Report of the Indian Hemp Drugs Commission, 1894-1895 - Volume V
Year: 1894
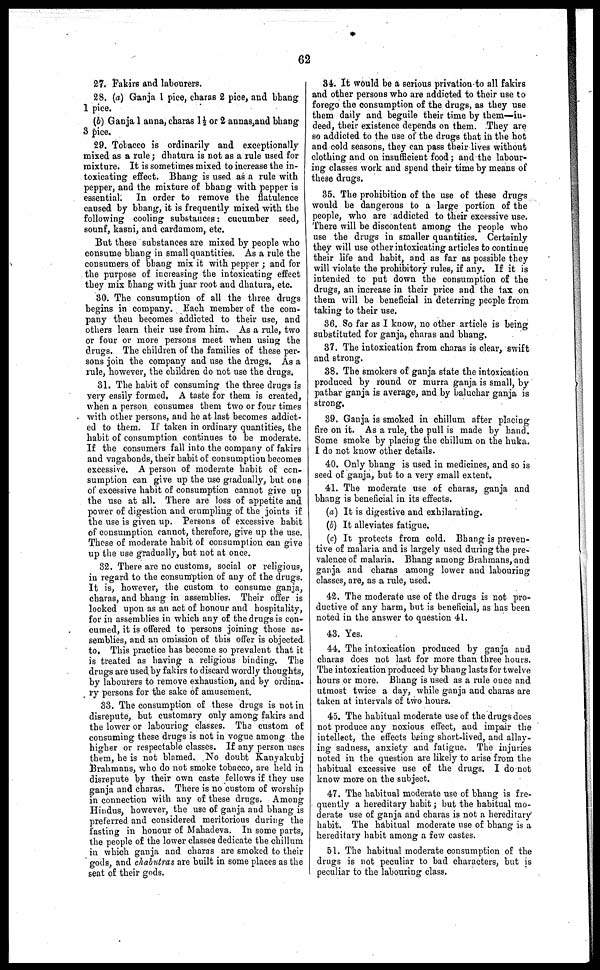
62
27. Fakirs and labourers.
28. (a) Ganja 1 pice, charas 2 pice, and bhang
1 pice.
(6) Ganja 1 anna, charas 1½ or 2 annas,and bhang
3 pice.
29. Tobacco is ordinarily and exceptionally
mixed as a rule ; dhatura is not as a rule used for
mixture. It is sometimes mixed to increase the in-
toxicating effect. Bhang is used as a rule with
pepper, and the mixture of bhang with pepper is
essential. In order to remove the flatulence
caused by bhang, it is frequently mixed with the
following cooling substances : cucumber seed,
sounf, kasni, and cardamom, etc.
But these substances are mixed by people who
consume bhang in small quantities. As a rule the
consumers of bhang mix it with pepper ; and for
the purpose of increasing the intoxicating effect
they mix bhang with juar root and dhatura, etc.
80. The consumption of all the three drugs
begins in company. Each member of the com-
pany then becomes addicted to their use, and
others learn their use from him. As a rule, two
or four or more persons meet when using the
drugs. The children of the families of these per-
sons join the company and use the drugs. As a
rule, however, the children do not use the drugs.
31. The habit of consuming the three drugs is
very easily formed, A taste for them is created,
when a person consumes them two or four times
with other persons, and he at last becomes addict-
ed to them. If taken in ordinary quantities, the
habit of consumption continues to be moderate.
If the consumers fall into the company of fakirs
and vagabonds, their habit of consumption becomes
excessive. A person of moderate habit of con-
sumption can give up the use gradually, but one
of excessive habit of consumption cannot give up
the use at all. There are loss of appetite and
power of digestion and crumpling of the joints if
the use is given up. Persons of excessive habit
of consumption cannot, therefore, give up the use.
These of moderate habit of consumption can give
up the use gradually, but not at once.
32. There are no customs, social or religious,
in regard to the consumption of any of the drugs.
It is, however, the custom to consume ganja,
charas, and bhang in assemblies. Their offer is
looked upon as an act of honour and hospitality,
for in assemblies in which any of the drugs is con-
cumed, it is offered to persons joining those as-
semblies, and an omission of this offer is objected
to. This practice has become so prevalent that it
is treated as having a religious binding. The
drugs are used by fakirs to discard wordly thoughts,
by labourers t6 remove exhaustion, and by ordina-
ry persons for the sake of amusement.
33. The consumption of these drugs is not in
disrepute, but customary only among fakirs and
the lower or labouring classes. The custom of
consuming these drugs is not in vogue among the
higher or respectable classes. If any person uses
them, he is not blamed. No doubt Kanyakubj
Brahmans, who do not smoke tobacco, are held in
disrepute by their own caste fellows if they use
ganja and charas. There is no custom of worship
in connection with any of these drugs. Among
Hindus, however, the use of ganja and bhang is
preferred and considered meritorious during the
fasting in honour of Mahadeva. In some parts,
the people of the lower classes dedicate the chillum
in which ganja and charas are smoked to their
gods, and chabutras are built in some places as the
seat of their gods.
34. It would be a serious privation to all fakirs
and other persons who are addicted to their use to
forego the consumption of the drugs, as they use
them daily and beguile their time by them—in-
deed, their existence depends on them. They are
so addicted to the use of the drugs that in the hot
and cold seasons, they can pass their lives without
clothing and on insufficient food ; and the labour-
ing classes work and spend their time by means of
these drugs.
35. The prohibition of the use of these drugs
would be dangerous to a large portion of the
people, who are addicted to their excessive use.
There will be discontent among the people who
use the drugs in smaller quantities. Certainly
they will use other intoxicating articles to continue
their life and habit, and as far as possible they
will violate the prohibitory rules, if any. If it is
intended to put down the consumption of the
drugs, an increase in their price and the tax on
them will be beneficial in deterring people from
taking to their use.
36. So far as I know, no other article is being
substituted for ganja, charas and bhang.
37. The intoxication from charas is clear, swift
and strong.
38. The smokers of ganja state the intoxication
produced by round or murra ganja is small, by
pathar ganja is average, and by baluchar ganja is
strong.
39. Ganja is smoked in chillum after placing
fire on it. As a rule, the pull is made by hand.
Some smoke by placing the chillum on the huka.
I do not know other details.
40. Only bhang is used in medicines, and so is
seed of ganja, but to a very small extent.
41. The moderate use of charas, ganja and
bhang is beneficial in its effects.
(a) It is digestive and exhilarating.
(b) It alleviates fatigue.
(c) It protects from cold. Bhang is preven-
tive of malaria and is largely used during the pre-
valence of malaria. Bhang among Brahmans, and
ganja and charas among lower and labouring
classes, are, as a rule, used.
42. The moderate use of the drugs is not pro-
ductive of any harm, but is beneficial, as has been
noted in the answer to question 41.
43. Yes.
44. The intoxication produced by ganja and
charas does not last for more than three hours.
The intoxication produced by bhang lasts for twelve
hours or more. Bhang is used as a rule once and
utmost twice a day, while ganja and charas are
taken at intervals of two hours.
45. The habitual moderate use of the drugs does
not produce any noxious effect, and impair the
intellect, the effects being short-lived, and allay-
ing sadness, anxiety and fatigue. The injuries
noted in the question are likely to arise from the
habitual excessive use of the drugs. I do not
know more on the subject.
47. The habitual moderate use of bhang is fre-
quently a hereditary habit ; but the habitual mo-
derate use of ganja and charas is not a hereditary
habit. The habitual moderate use of bhang is a
hereditary habit among a few castes.
51. The habitual moderate consumption of the
drugs is not peculiar to bad characters, but is
peculiar to the labouring class.